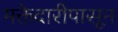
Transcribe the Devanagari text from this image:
मक्तेदारीपासून